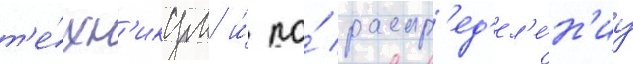
т'е́хн'икум и́ по́ распр'ед'ел'е́н'иу